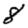
Digit: 8